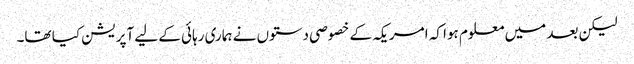
لیکن بعد میں معلوم ہوا کہ امریکہ کے خصوصی دستوں نے ہماری رہائی کے لیے آپریشن کیا تھا۔